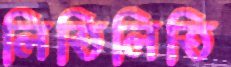
লিতিলিতি